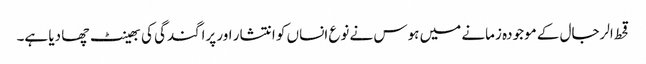
قحط الرجال کے موجودہ زمانے میں ہوس نے نوع انساں کو انتشار اور پراگندگی کی بھینٹ چھا دیا ہے۔